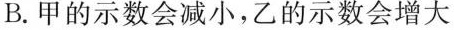
B. 甲的示数会减小，乙的示数会增大